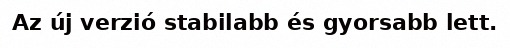
Az új verzió stabilabb és gyorsabb lett.